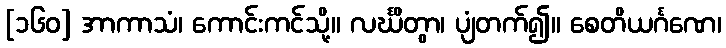
[၁၆၀] အာကာသံ၊ ကောင်းကင်သို့။ လင်္ဃိတွာ၊ ပျံတက်၍။ စေတိယင်္ဂဏေ၊